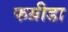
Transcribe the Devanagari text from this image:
फग्रीडा